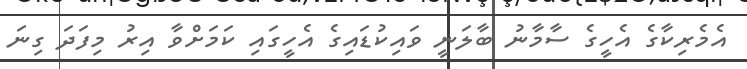
އެމެރިކާގެ އެހީގެ ސާމާނު ބާލަނީ ވައިކުޑައިގެ އެހީގައި ކަމަށްވާ އިރު މިފަދަ ގިނަ